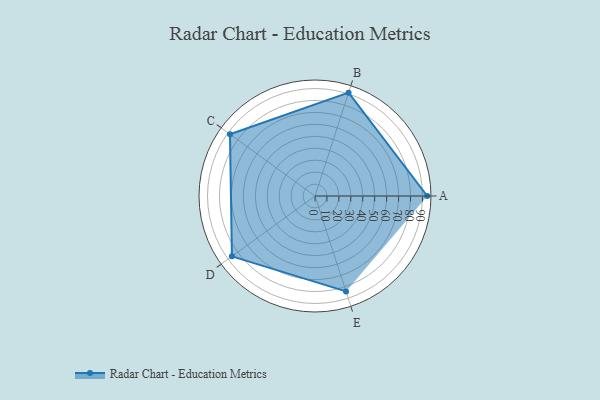
{"axis": {"x": "Skill", "y": "Score"}, "legend": ["Profile"], "data": [{"x": "A", "y": 94.0, "type": "Profile"}, {"x": "B", "y": 91.0, "type": "Profile"}, {"x": "C", "y": 88.0, "type": "Profile"}, {"x": "D", "y": 86.0, "type": "Profile"}, {"x": "E", "y": 84.0, "type": "Profile"}]}